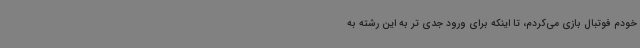
خودم فوتبال بازی می‌کردم، تا اینکه برای ورود جدی تر به این رشته به